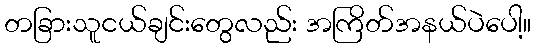
တခြားသူငယ်ချင်းတွေလည်း အကြိတ်အနယ်ပဲပေါ့။